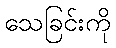
သေခြင်းကို